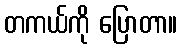
တကယ်ကို ပြောတာ။